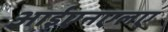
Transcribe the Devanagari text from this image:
आईएनएलए